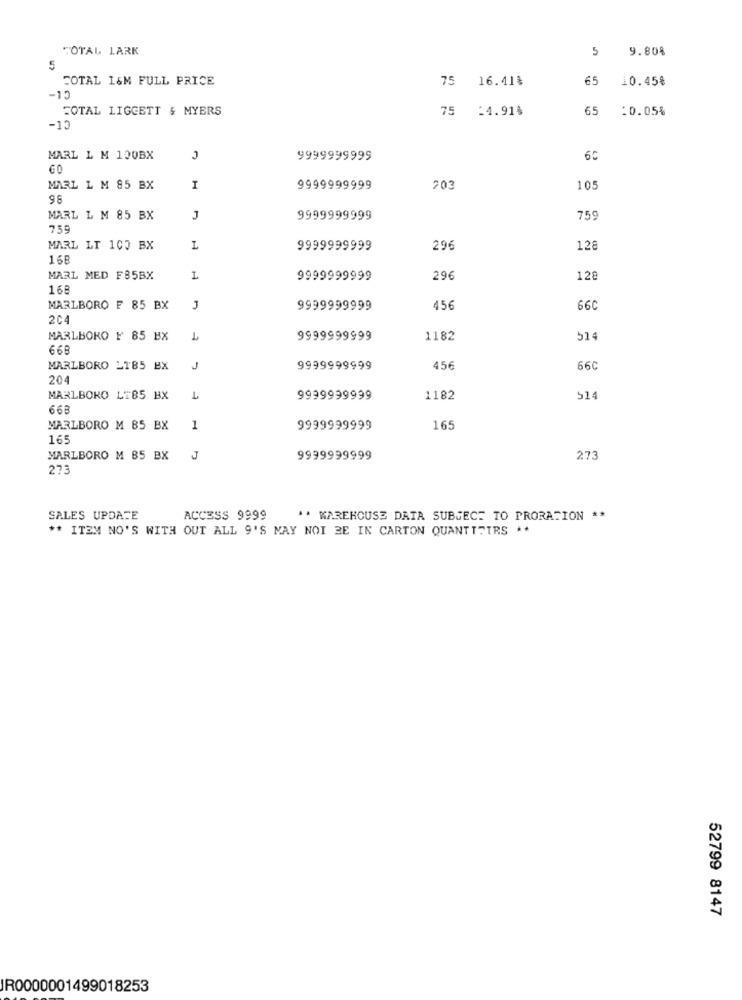
TOTAL LARK
5
9.80%
5
FOTAL 1&M FULL PRICE
75 16.41%
65
10.45%
CL-
TOTAL LIGGETT & MYERS
75 :4.91%
65
10.05%
-15
MARL L M 100BX
9999999999
GO
MARL L M 85 BX
I
9999999999
203
105
96
MARL L M 85 BX
J
9999999999
759
759
MARL LT 100 BX
L
9999999999
296
12
168
MARL MED F85BX
L
9999999999
296
128
168
MARLBORO F 85 BX
9999999999
45€
66C
204
MARLBORO # 85 BX
1
9999999999
1182
514
668
MARLBORO _185 BX
J
9999999999
456
660
204
MARLBORO LT85 BX
1
9999999999
1182
514
668
MARLBORO M 85 BX
1
9999999999
165
165
MARLBORO M 85 BX
J
9999999999
273
273
SALES UPDATE
ACCESS 9999
" WAREHOUSE DATA SUBJECT TO PRORATION **
** ITEM NO'S WITH OUT ALL 9'S MAY NOI ZE IN CARTON QUANTTFTRS **
52799 8147
IR0000001499018253